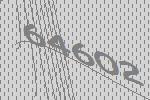
64602